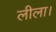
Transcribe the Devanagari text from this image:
लीला।